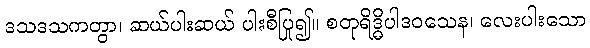
ဒသဒသကတွာ၊ ဆယ်ပါးဆယ် ပါးစီပြု၍။ စတုရိဒ္ဓိပါဒဝသေန၊ လေးပါးသော